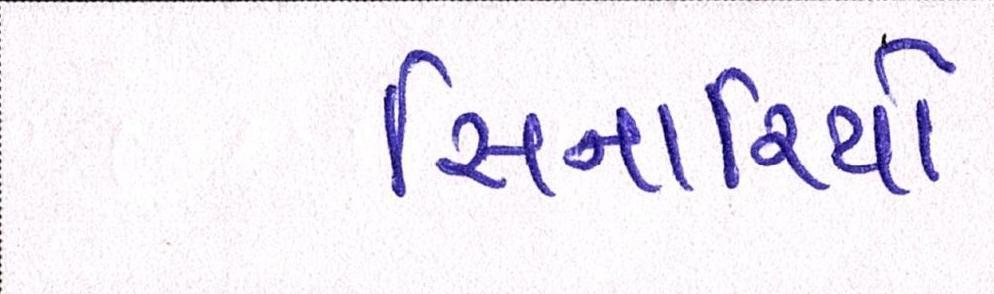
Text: સિનારિયો